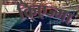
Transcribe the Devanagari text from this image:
किएज्मा